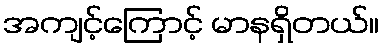
အကျင့်ကြောင့် မာနရှိတယ်။